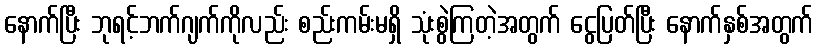
နောက်ပြီး ဘုရင့်ဘက်ဂျက်ကိုလည်း စည်းကမ်းမရှိ သုံးစွဲကြတဲ့အတွက် ငွေပြတ်ပြီး နောက်နှစ်အတွက်